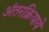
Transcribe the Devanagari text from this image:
अंतरक्रियायें